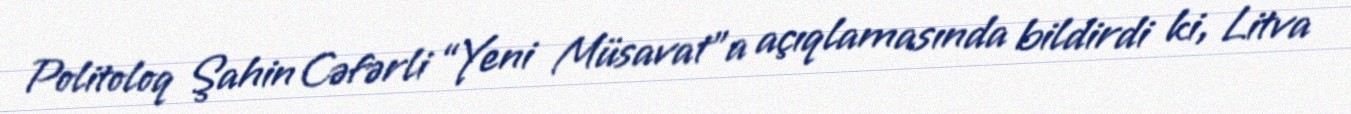
Politoloq Şahin Cəfərli “Yeni Müsavat”a açıqlamasında bildirdi ki, Litva